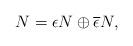
LaTeX: \begin{align*}N = \epsilon N \oplus \overline{\epsilon} N,\end{align*}